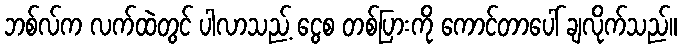
ဘစ်လ်က လက်ထဲတွင် ပါလာသည့် ငွေစ တစ်ပြားကို ကောင်တာပေါ် ချလိုက်သည်။